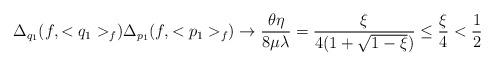
LaTeX: \begin{align*}\Delta_{q_1} (f, <q_1>_f) \Delta_{p_1} (f, <p_1>_f) \to \frac{\theta \eta}{8 \mu \lambda} = \frac{\xi}{4 (1 + \sqrt{1- \xi})} \leq \frac{\xi}{4} < \frac{1}{2}\end{align*}